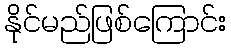
နိုင်မည်ဖြစ်ကြောင်း